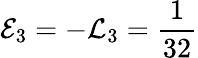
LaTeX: {\cal E}_{3}=-{\cal L}_{3}=\frac{1}{32}